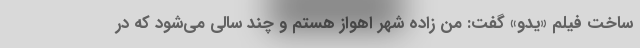
ساخت فیلم «یدو» گفت: من زاده شهر اهواز هستم و چند سالی می‌شود که در